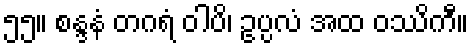
၅၅။ စန္ဒနံ တဂရံ ဝါပိ၊ ဥပ္ပလံ အထ ဝဿိကီ။